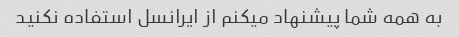
به همه شما پیشنهاد میکنم از ایرانسل استفاده نکنید